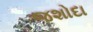
જશોદા